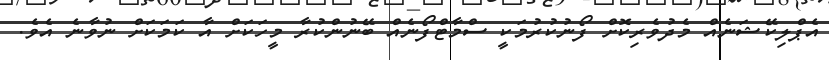
އެޕްލިކޭޝަނެއް މެދުވެރިކޮށް ފޯނުކުރުމަކީ ސްމާޓްފޯނެއް ބޭނުންކުރާ މީހަކަށް އާ ކަމަކަށް ނުވާނެ އެވެ.